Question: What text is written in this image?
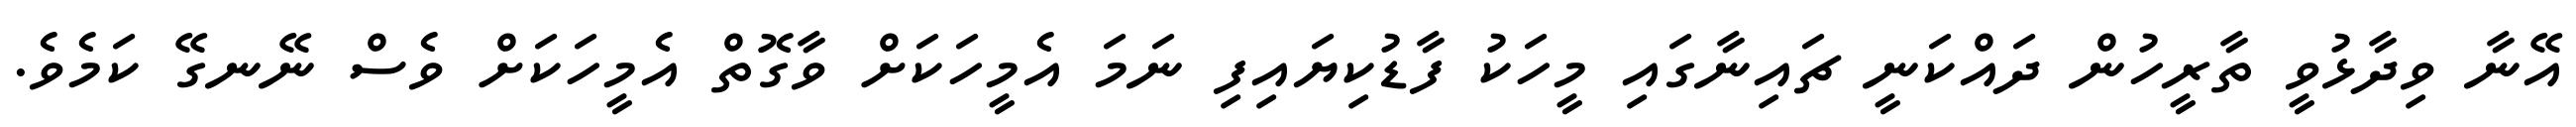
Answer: އޭނާ ވިދާޅުވީ ތާރީހުން ދައްކަނީ ޗައިނާގައި މީހަކު ފާޑުކިޔައިފި ނަމަ އެމީހަކަށް ވާގޮތް އެމީހަކަށް ވެސް ނޭނގޭ ކަމެވެ.